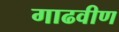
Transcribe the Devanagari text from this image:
गाढवीण